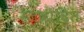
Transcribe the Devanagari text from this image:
रेज़वोदित